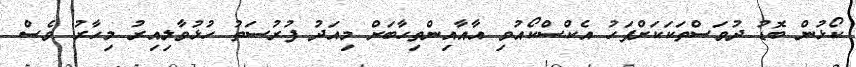
ކޯޅުން ބޮޑު ދުވަސްތަކަކަށްފަހު އެކްސްކޯއުވި އާއާއިންތިހާބަށް މިއަދު ފުރުސަތު ހުޅުވާލިއިރު މިހާރު ވެސް